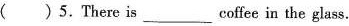
( ) 5.There is ___ coffee in the glass.